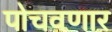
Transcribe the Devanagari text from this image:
पोचवणार